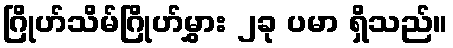
ဂြိုဟ်သိမ်ဂြိုဟ်မွှား ၂ခု ပမာ ရှိသည်။